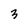
Character: 3